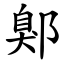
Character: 鄓